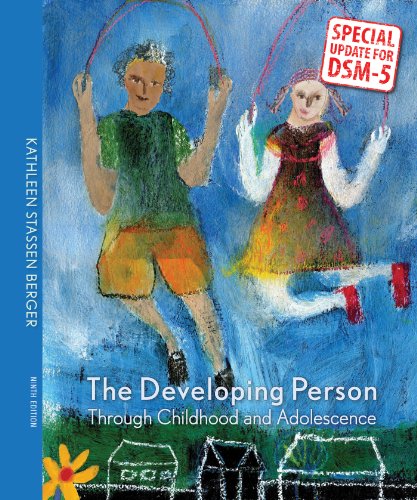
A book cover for Developing Person Through Childhood & Adolescence with Updates on DSM-5; Kathleen Stassen Berger; Medical Books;